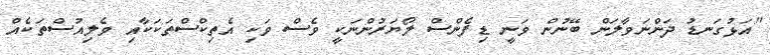
"އަޅުގަނޑު ދަންނަވާލަން ބޭނުން ވަނީ ޑިފެންސް ލޯޔަރުންނަކީ ވެސް ވަކި އެތިކްސްތަކަކާއި ވެލިއުސްތަކެއް